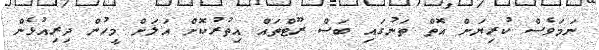
ނަމަވެސް ކުރިޔަށް އޮތް ތަނުގައި ބަސް ރޫޓްތައް އިތުރުކޮށް އަލަށް މީހުން ދިރިއުޅެން